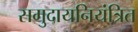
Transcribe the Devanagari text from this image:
समुदायनियंत्रित